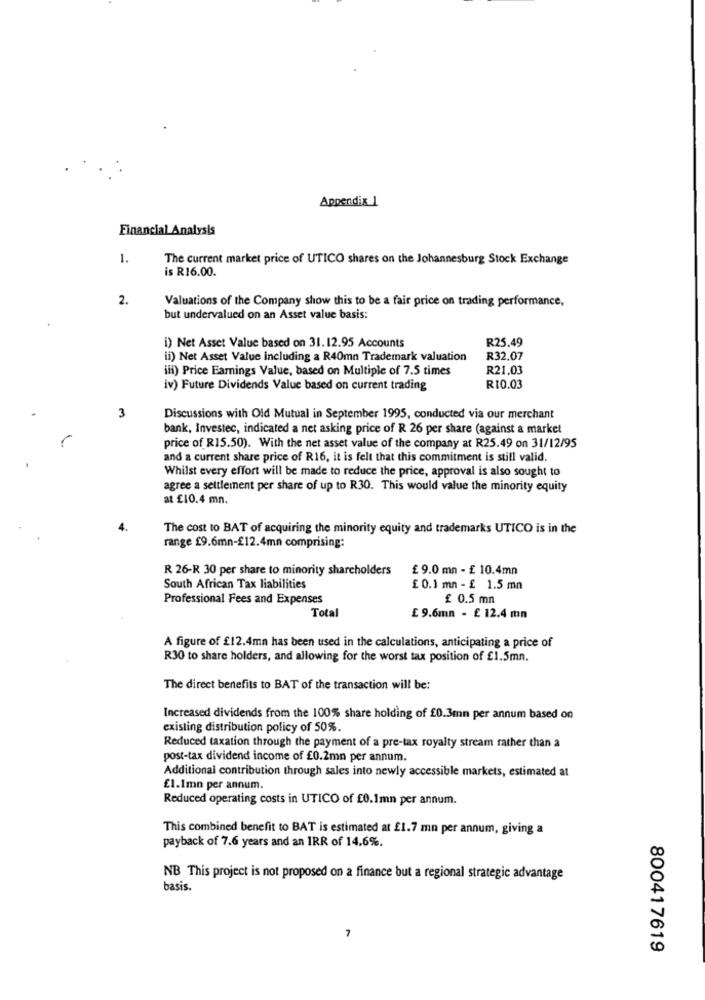
Appendix 1
Financial Analysis
1.
The current market price of UTICO shares on the Johannesburg Stock Exchange
is R16.00.
2.
Valuations of the Company show this to be a fair price on trading performance,
but undervalued on an Asset value basis:
R25.49
i) Net Asset Value based on 31.12.95 Accounts
ii) Net Asset Value including a R40mn Trademark valuation
R32.07
il) Price Earnings Value, based on Multiple of 7.5 times
R21.03
iv) Future Dividends Value based on current trading
R10.03
3
Discussions with Old Mutual in September 1995, conducted via our merchant
bank, Investec, indicated a net asking price of R 26 per share (against a market
price of R15.50). With the net asset value of the company at R25.49 on 31/12/95
and a current share price of R16, it is felt that this commitment is still valid.
Whilst every effort will be made to reduce the price, approval is also sought to
agree a settlement per share of up to R30. This would value the minority equity
at £10.4 mn.
The cost to BAT of acquiring the minority equity and trademarks UTICO is in the
range £9.6mn-£12.4mn comprising:
R 26-R 30 per share to minority shareholders
£ 9.0 mn - £ 10.4mn
South African Tax liabilities
£ 0.1 mn - £ 1.5 mn
Professional Fees and Expenses
£ 0.5 mn
Total
£ 9.6mn - £ 12.4 mn
A figure of £12.4mm has been used in the calculations, anticipating a price of
R30 to share holders, and allowing for the worst tax position of £1.5mn.
The direct benefits to BAT of the transaction will be:
Increased dividends from the 100% share holding of £0.3mm per annum based on
existing distribution policy of 50%.
Reduced taxation through the payment of a pre-tax royalty stream rather than a
post-tax dividend income of £0.2mn per annum.
Additional contribution through sales into newly accessible markets, estimated at
£1.Imn per annum.
Reduced operating costs in UTICO of £0.1mn per annum.
This combined benefit to BAT is estimated at £1.7 mn per annum, giving a
payback of 7.6 years and an IRR of 14.6%.
NB This project is not proposed on a finance but a regional strategic advantage
basis.
7
800417619